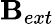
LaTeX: \mathbf{B}_{ext}